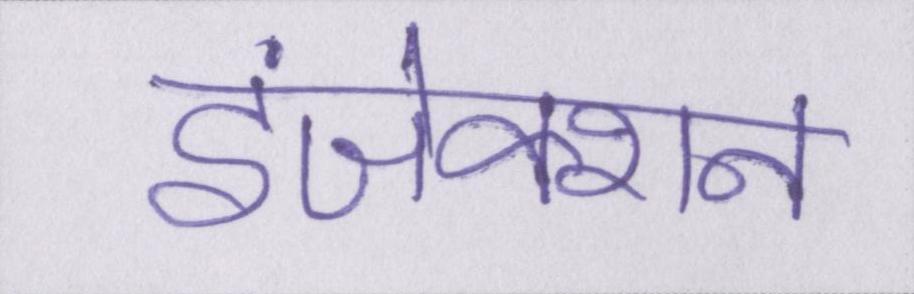
इंजेक्शन